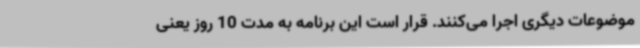
موضوعات دیگری اجرا می‌کنند. قرار است این برنامه به مدت 10 روز یعنی